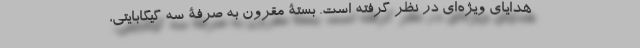
هدایای ویژه‌ای در نظر گرفته است. بستۀ مقرون به صرفۀ سه گیگابایتی،